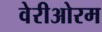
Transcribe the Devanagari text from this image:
वेरीओरम